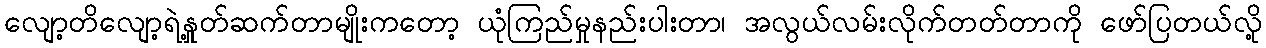
လျော့တိလျော့ရဲ့နှုတ်ဆက်တာမျိုးကတော့ ယုံကြည်မှုနည်းပါးတာ၊ အလွယ်လမ်းလိုက်တတ်တာကို ဖော်ပြတယ်လို့